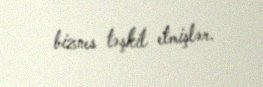
biznes təşkil etmişlər.